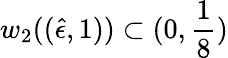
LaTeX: w_{2}((\hat{\epsilon},1))\subset(0,\frac{1}{8})